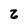
Character: 2